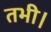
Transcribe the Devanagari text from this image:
तभी।